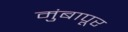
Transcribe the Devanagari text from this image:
मुंबापूर